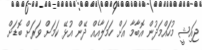
ޖައިޝީ މުހައްމަދުން އޮބާމާ އަށް ހަމަލާއެއް ދޭން އުޅޭ ކަމަށް ވަރަށް ބޮޑަށް